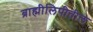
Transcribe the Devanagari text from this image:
ब्राह्मीलिपीतील